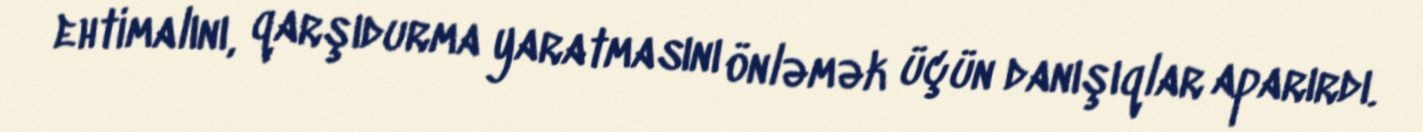
ehtimalını, qarşıdurma yaratmasını önləmək üçün danışıqlar aparırdı.